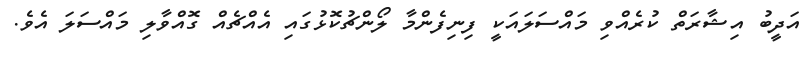
އަދީބު އިޝާރަތް ކުރެއްވި މައްސަލައަކީ ފިނިފެންމާ ލޯންޗުކޮޅުގައި އެއްޗެއް ގޮއްވާލި މައްސަލަ އެވެ.